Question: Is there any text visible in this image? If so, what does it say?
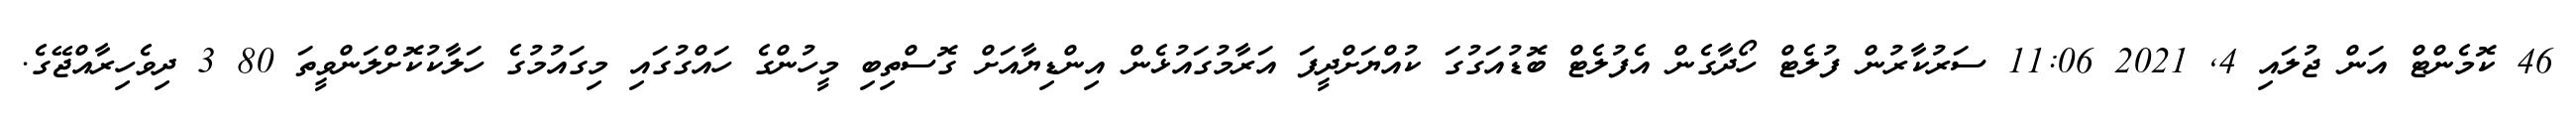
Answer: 46 ކޮމެންޓް އަން ޖުލައި 4, 2021 11:06 ސަރުކާރުން ފުލެޓް ހޯދާގެން އެފުލެޓް ބޮޑުއަގުގަ ކުއްޔަށްދީފަ އަރާމުގައުޅެން އިންޑިޔާއަށް ގޮސްތިބި މީހުންގެ ހައްގުގައި މިގައުމުގެ ހަލާކުކޮށްލަންވީތަ 80 3 ދިވެހިރާއްޖޭގެ.